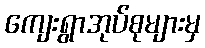
ကျေးရွာအုပ်စုများမှ